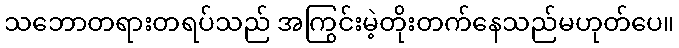
သဘောတရားတရပ်သည် အကြွင်းမဲ့တိုးတက်နေသည်မဟုတ်ပေ။